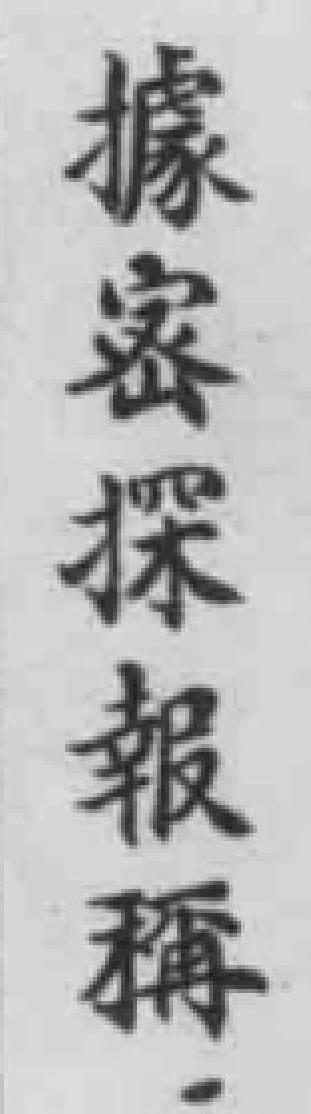
據密探報稱：